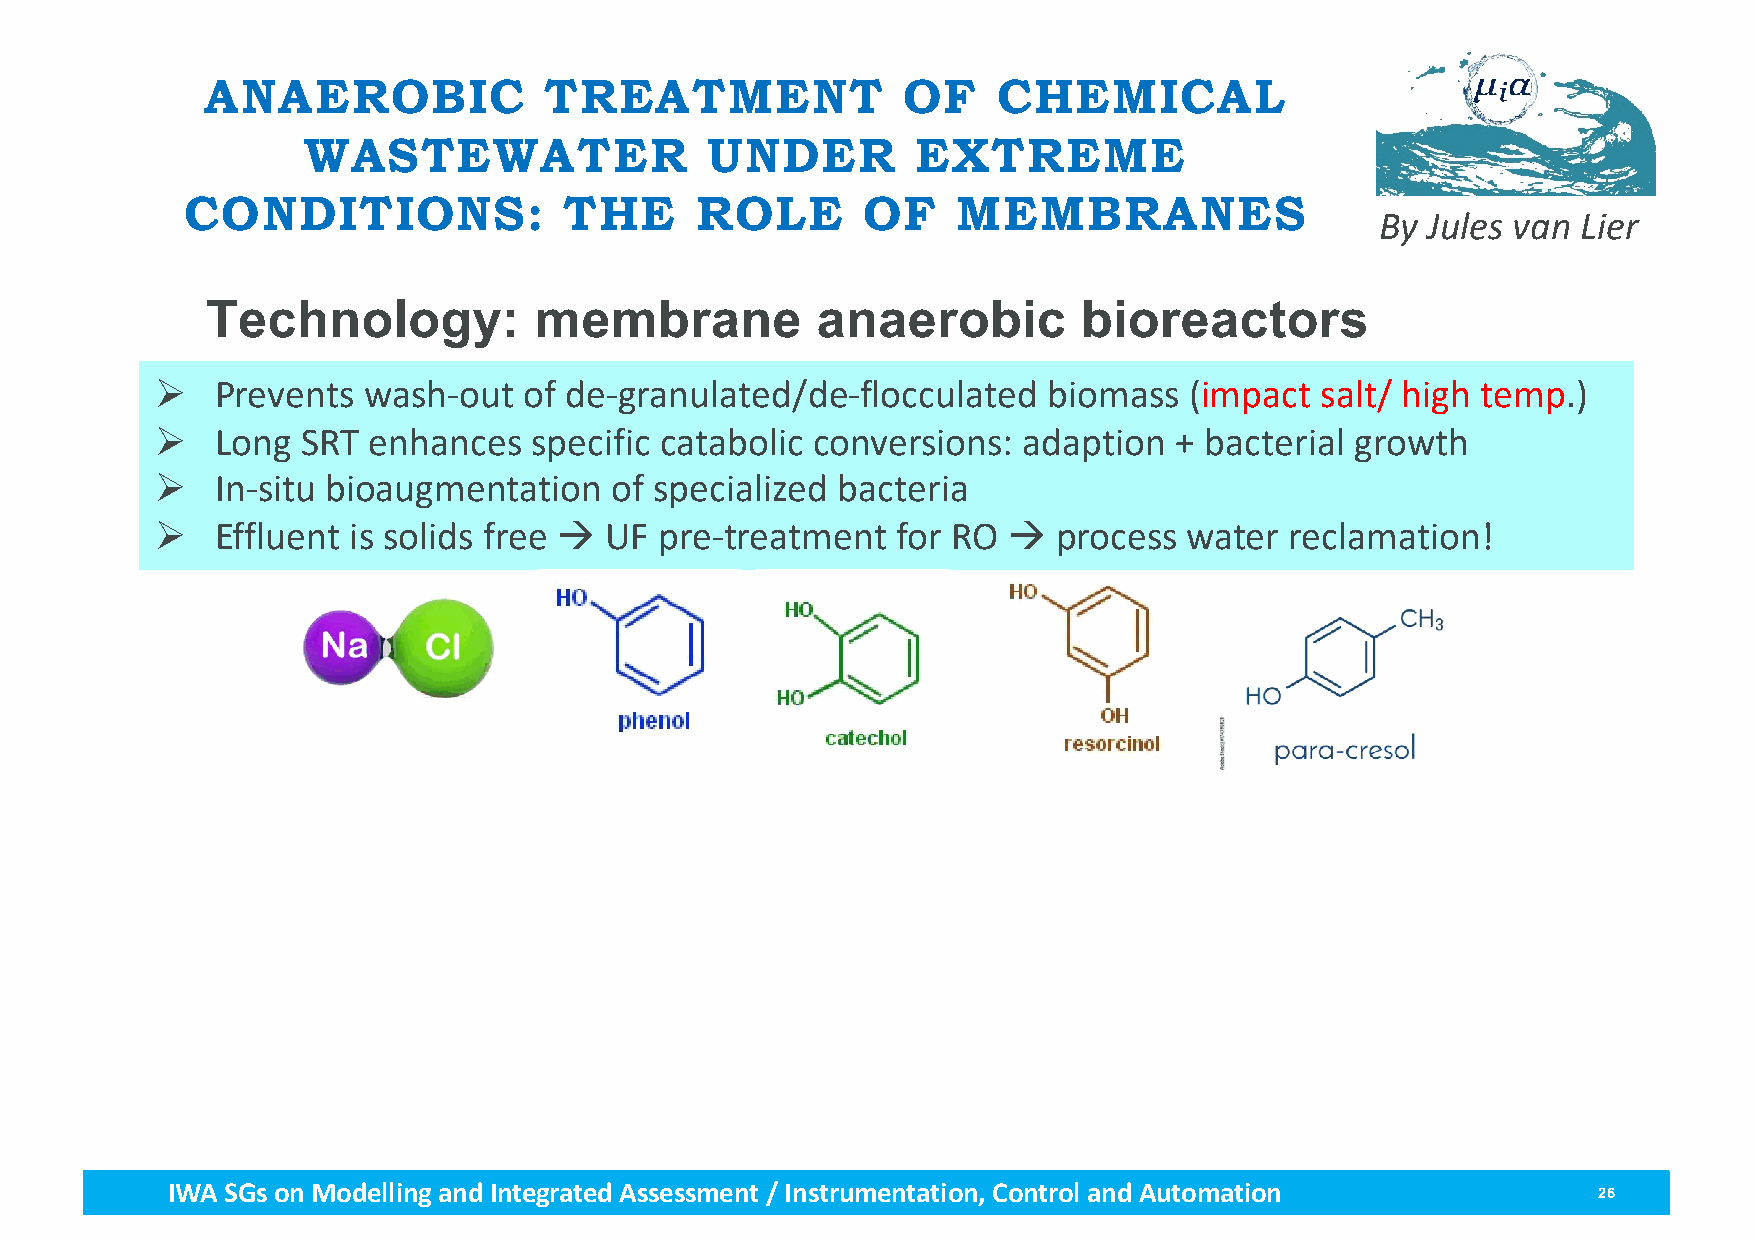
ANAEROBIC             TREATMENT               OF    CHEMICAL
 WASTEWATER                 UNDER         EXTREME
 CONDITIONS:              THE      ROLE       OF    MEMBRANES
 By Jules van  Lier
 Technology:          membrane           anaerobic         bioreactors
 Ø   Prevents  wash-out   of de-granulated/de-flocculated   biomass   (impact salt/ high temp.)
 Ø   Long  SRT enhances   specific catabolic conversions:  adaption  + bacterial growth
 Ø   In-situ bioaugmentation   of specialized bacteria
 Ø   Effluent is solids free à UF  pre-treatment  for RO  à  process  water reclamation!
 IWA SGs on Modellingand Integrated Assessment / Instrumentation, Control and Automation        26